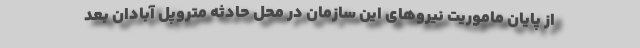
از پایان ماموریت نیروهای این سازمان در محل حادثه متروپل آبادان بعد